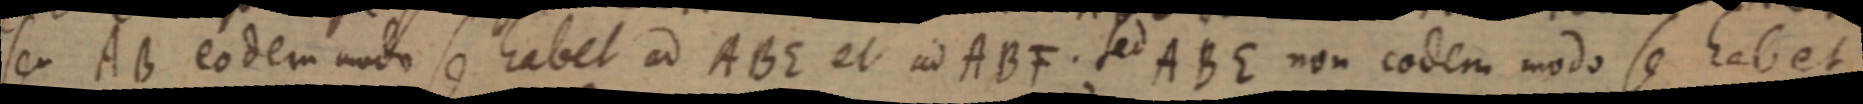
seu AB eodem modo se habet ad ABE et ad ABF. sed ABE non eodem modo se habet